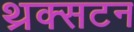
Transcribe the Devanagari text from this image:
थ्रक्सटन